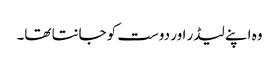
وہ اپنے لیڈر اور دوست کو جانتا تھا۔